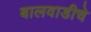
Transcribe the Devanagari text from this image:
बालवाडीचे